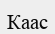
Каас